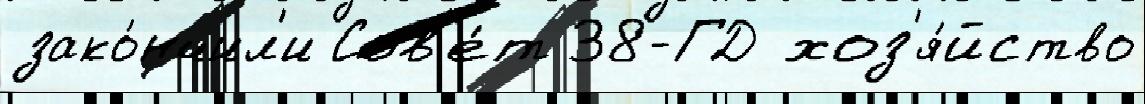
зако́нчил'и Сов'е́т 38-ГД хоз'я́йство